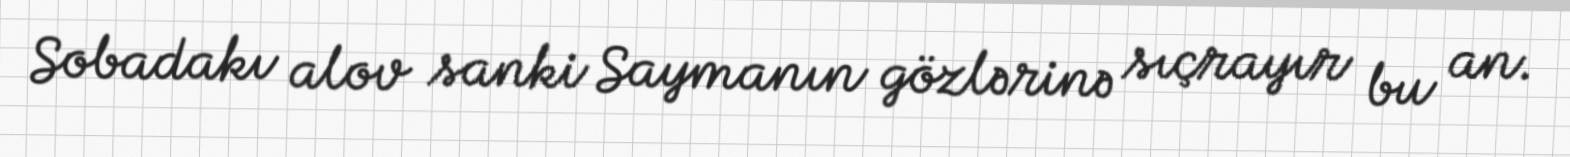
Sobadakı alov sanki Saymanın gözlərinə sıçrayır bu an.